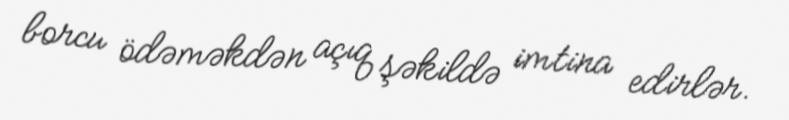
borcu ödəməkdən açıq şəkildə imtina edirlər.